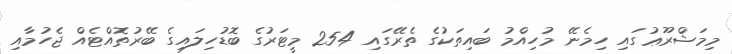
މިމަޝްރޫޢުގައި ހިމެނޭ މުހިއްމު ބައިތަކުގެ ތެރޭގައި 254 މީޓަރުގެ ބޮޑުހިލައިގެ ބޭރުތޮއްޓެއް ޖެހުމާއި